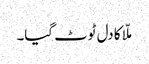
ملّا کا دل ٹوٹ گیا۔